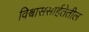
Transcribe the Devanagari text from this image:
विश्वाससार्हतेतील